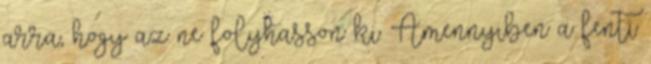
arra, hogy az ne folyhasson ki. Amennyiben a fenti